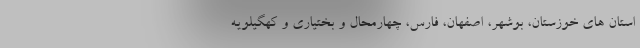
استان های خوزستان، بوشهر، اصفهان، فارس، چهارمحال و بختیاری و کهگیلویه